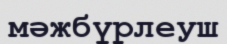
мәжбүрлеуш